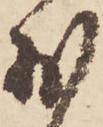
外